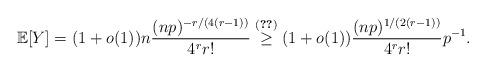
LaTeX: \begin{align*}\mathbb{E}[Y]=(1+o(1))n \frac{(np)^{-r/(4(r-1))}}{4^r r!}\stackrel{\eqref{gain}}{\geq}(1+o(1))\frac{(np)^{1/(2(r-1))}}{4^r r!}p^{-1}.\end{align*}